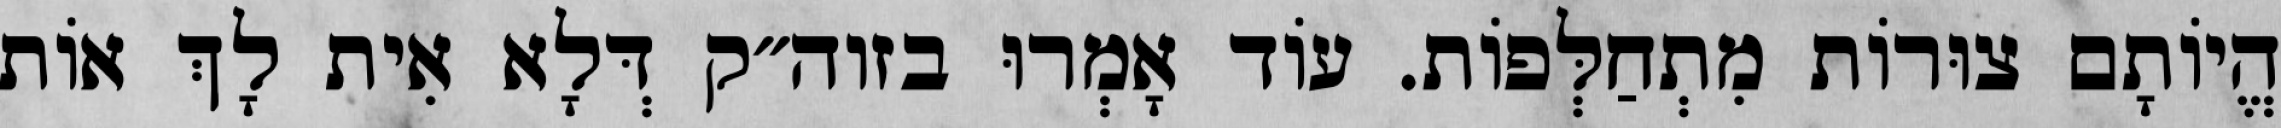
הֱיוֹתָם צוּרוֹת מִתְחַלְּפוֹת. עוֹד אָמְרוּ בזוה״ק דְּלָא אִית לָךְ אוֹת